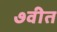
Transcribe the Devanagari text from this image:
७वीत